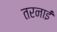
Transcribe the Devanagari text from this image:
तरनाई